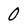
Character: 0